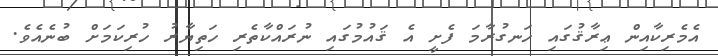
އެމެރިކާއިން ޢިރާޤުގައި ހަނގުރާމަ ފެށީ އެ ޤައުމުގައި ނުރައްކާތެރި ހަތިޔާރު ހުރިކަމަށް ބުނެއެވެ.